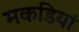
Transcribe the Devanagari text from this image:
मकडियां